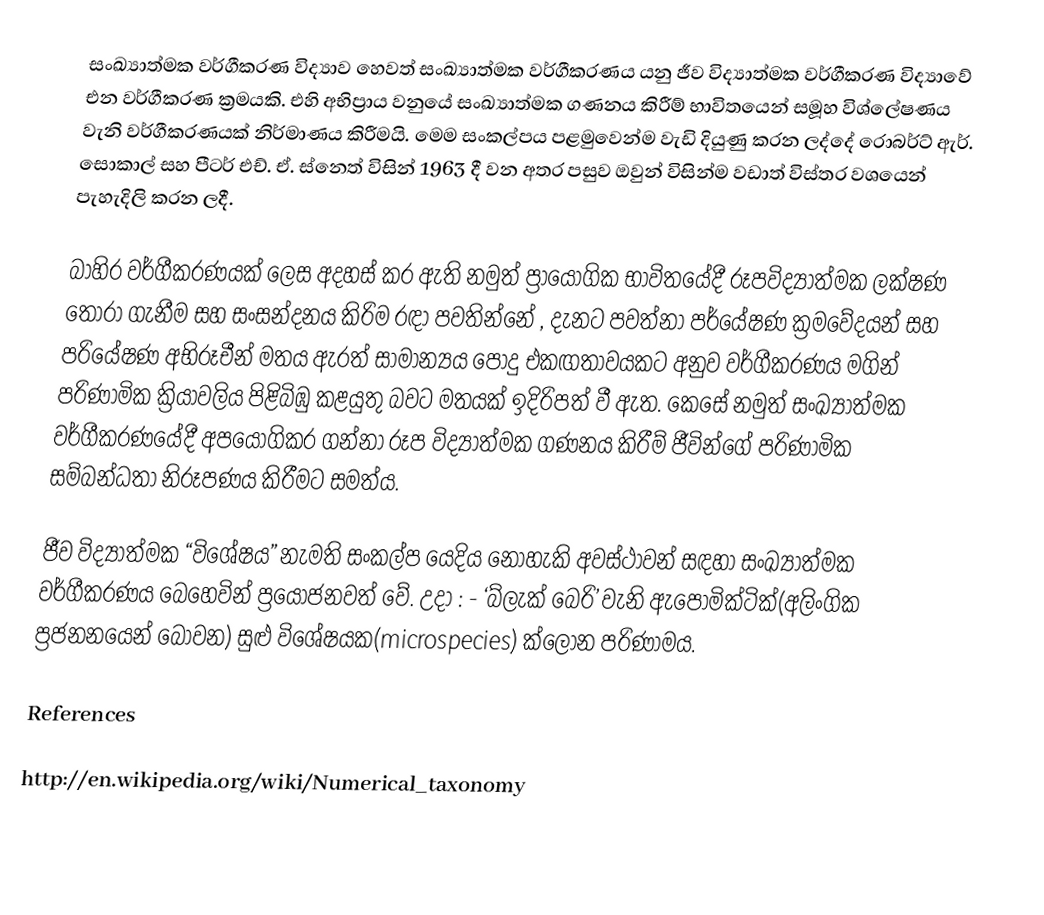
සංඛ්‍යාත්මක වර්ගීකරණ විද්‍යාව හෙවත් සංඛ්‍යාත්මක වර්ගීකරණය යනු ජීව විද්‍යාත්මක වර්ගීකරණ විද්‍යාවේ එන වර්ගීකරණ ක්‍රමයකි. එහි අභිප්‍රාය වනුයේ සංඛ්‍යාත්මක ගණනය කිරීම් භාවිතයෙන් සමූහ විශ්ලේෂණය වැනි වර්ගීකරණයක් නිර්මාණය කිරීමයි. මෙම සංකල්පය පළමුවෙන්ම වැඩි දියුණු කරන ලද්දේ රොබර්ට් ඇර්. සොකාල් සහ පීටර් එච්. ඒ. ස්නෙත් විසින් 1963 දී වන අතර පසුව ඔවුන් විසින්ම වඩාත් විස්තර වශයෙන් පැහැදිලි කරන ලදී.

බාහිර වර්ගීකරණයක් ලෙස අදහස් කර ඇති නමුත් ප්‍රායෝගික භාවිතයේදී රූපවිද්‍යාත්මක ලක්ෂණ තෝරා ගැනීම සහ සංසන්දනය කිරිම රඳා පවතින්නේ , දැනට පවත්නා පර්යේෂණ ක්‍රමවේදයන් සහ පරියේෂණ අභිරූචීන් මතය ඇරත් සාමාන්‍යය පොදු එකඟතාවයකට අනුව වර්ගීකරණය මගින් පරිණාමික ක්‍රියාවලිය පිළිබිඹු කළයුතු බවට මතයක් ඉදිරිපත් වී ඇත. කෙසේ නමුත් සංඛ්‍යාත්මක වර්ගීකරණයේදී අපයෝගිකර ගන්නා රූප විද්‍යාත්මක ගණනය කිරීම් ජීවින්ගේ පරිණාමික  සම්බන්ධතා නිරූපණය කිරීමට සමත්ය.

ජීව විද්‍යාත්මක “විශේෂය” නැමති  සංකල්ප යෙදිය නොහැකි අවස්ථාවන් සඳහා සංඛ්‍යාත්මක වර්ගීකරණය බෙහෙවින් ප්‍රයෝජනවත් වේ. උදා : - ‘බ්ලැක් බෙරි’ වැනි ඇපොමික්ටික්(අලිංගික ප්‍රජනනයෙන් බෝවන) සුළු විශේෂයක(microspecies) ක්ලෝන පරිණාමය.

References

http://en.wikipedia.org/wiki/Numerical_taxonomy